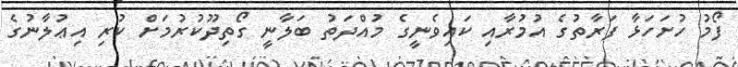
ފޯމު ހުށަހަޅާ ފަރާތުގެ އުމުރާއި ކައިވެނީގެ މުއްދަތު ބަލާނީ ގޯތިދޫކުރުމަށް ކުރި އިޢުލާނުގެ